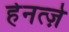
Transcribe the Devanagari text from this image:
हेनत्ज़े